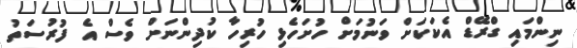
ނިންމައި ގްރޭޑް އެކަކަށް ވަނުމަށް ހުށަހެޅި ހުރިހާ ކުދިންނަށް ވެސް އެ ފުރުސަތު